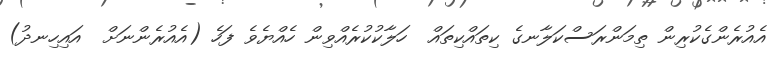
އެއުރެންގެކުރިން ތިމަންރަސްކަލާނގެ ކިތައްކިތައް  ހަލާކުކުރެއްވިން ހެއްޔެވެ ފަހެ (އެއުރެންނަށް  އައިހިނދު)